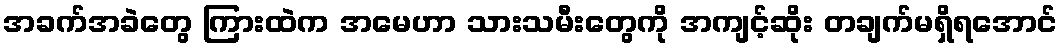
အခက်အခဲတွေ ကြားထဲက အမေဟာ သားသမီးတွေကို အကျင့်ဆိုး တချက်မရှိရအောင်